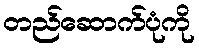
တည်ဆောက်ပုံကို